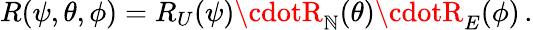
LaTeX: R(\psi,\theta,\phi)=R_{U}(\psi)\cdotR_{\mathbb{N}}(\theta)\cdotR_{E}(\phi)\, .